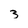
Character: 3